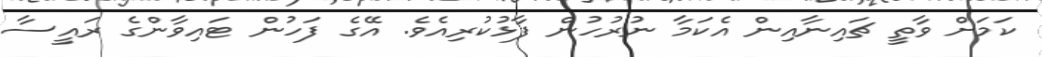
ކަމަށް ވާތީ ޗައިނާއިން އެކަމާ ނުރުހުން ފާޅުކުރިއެވެ. އޭގެ ފަހުން ޓައިވާންގެ ރައީސާ